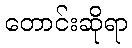
တောင်းဆိုရာ